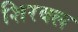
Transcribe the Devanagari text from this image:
शिरवल